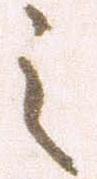
之